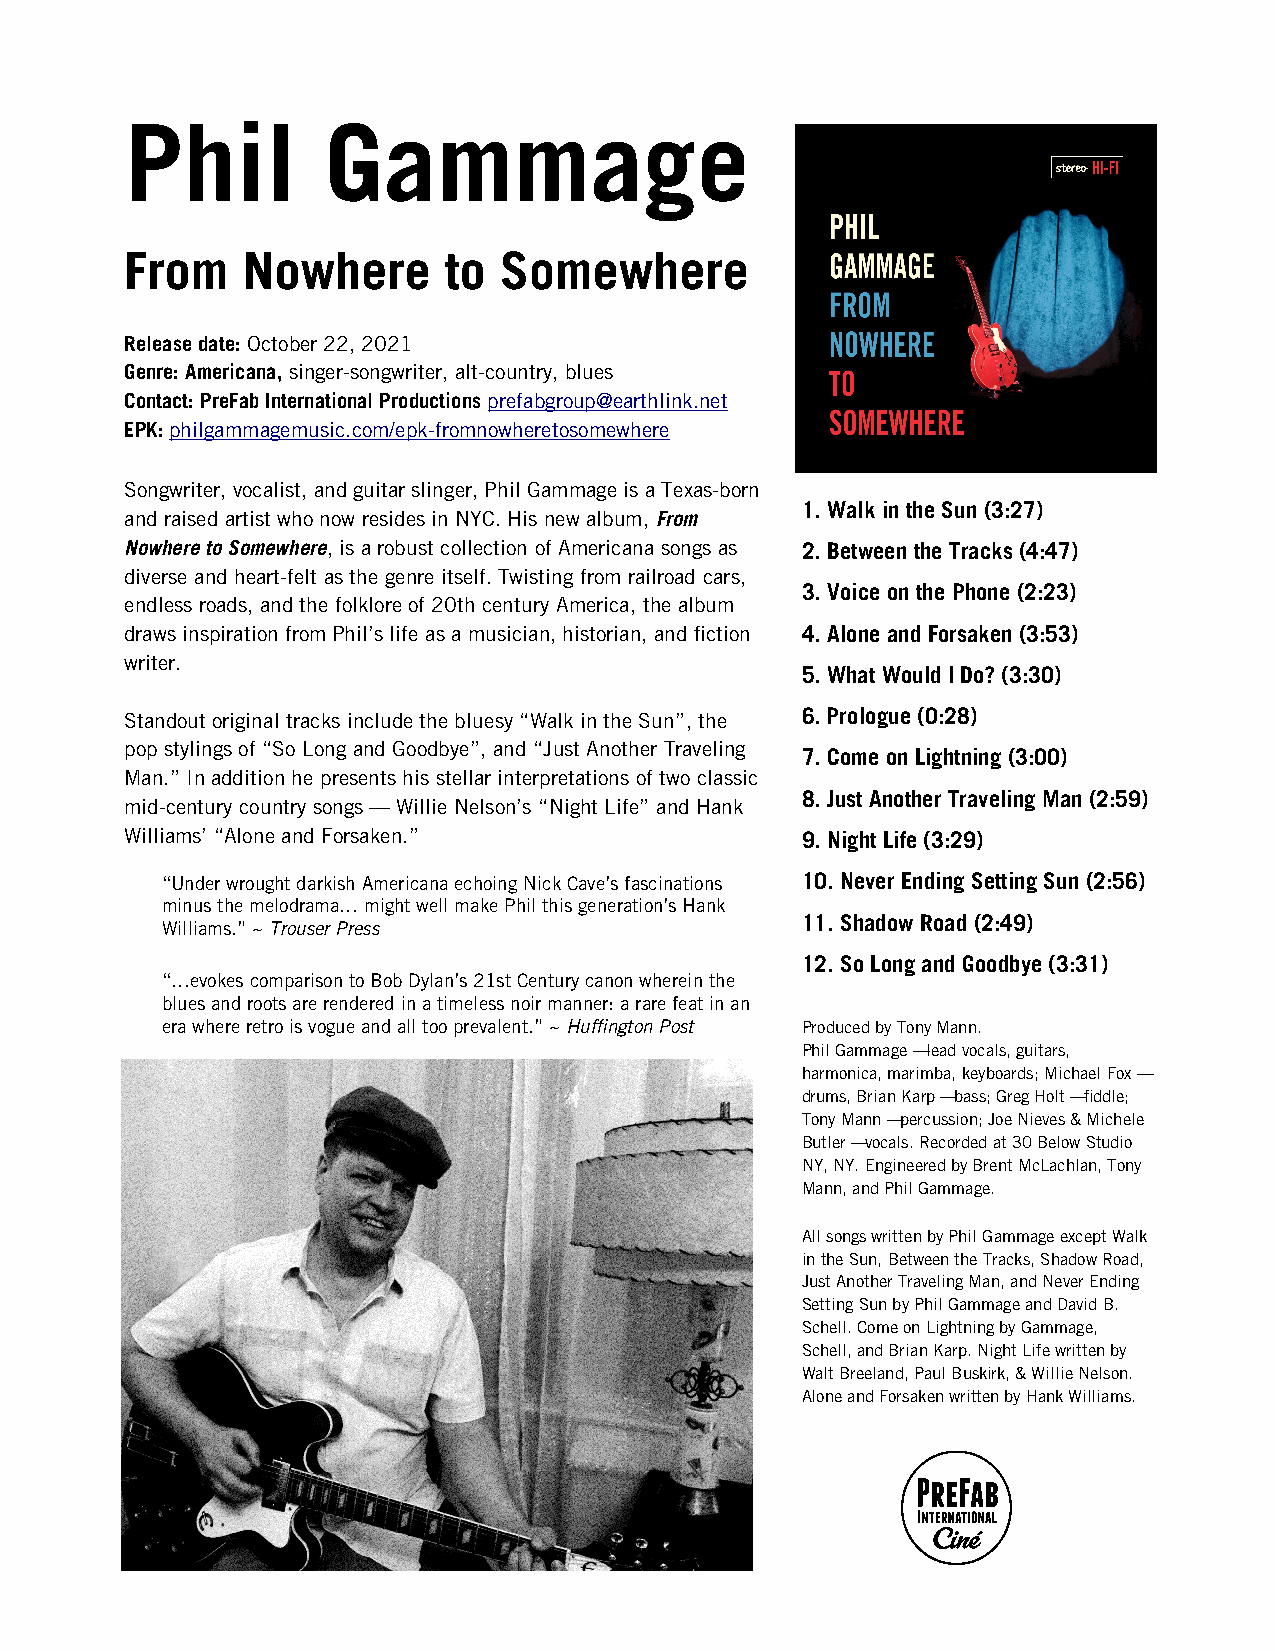
Phil         Gammage
 From    Nowhere      to  Somewhere
 Release date: October 22, 2021
 Genre: Americana, singer-songwriter, alt-country, blues
 Contact: PreFab International Productions prefabgroup@earthlink.net
 EPK: philgammagemusic.com/epk-fromnowheretosomewhere
 Songwriter, vocalist, and guitar slinger, Phil Gammage is a Texas-born
 1. Walk in the Sun (3:27)
 and raised artist who now resides in NYC. His new album, From
 Nowhere to Somewhere, is a robust collection of Americana songs as 2. Between the Tracks (4:47)
 diverse and heart-felt as the genre itself. Twisting from railroad cars,
 3. Voice on the Phone (2:23)
 endless roads, and the folklore of 20th century America, the album
 draws inspiration from Phil’s life as a musician, historian, and fction 4. Alone and Forsaken (3:53)
 writer.
 5. What Would I Do? (3:30)
 Standout original tracks include the bluesy “Walk in the Sun”, the 6. Prologue (0:28)
 pop stylings of “So Long and Goodbye”, and “Just Another Traveling
 7. Come on Lightning (3:00)
 Man.” In addition he presents his stellar interpretations of two classic
 8. Just Another Traveling Man (2:59)
 mid-century country songs — Willie Nelson’s “Night Life” and Hank
 Williams’ “Alone and Forsaken.”              9. Night Life (3:29)
 “Under wrought darkish Americana echoing Nick Cave’s fascinations 10. Never Ending Setting Sun (2:56)
 minus the melodrama… might well make Phil this generation’s Hank
 11. Shadow Road (2:49)
 Williams.” ~ Trouser Press
 12. So Long and Goodbye (3:31)
 “…evokes comparison to Bob Dylan’s 21st Century canon wherein the
 blues and roots are rendered in a timeless noir manner: a rare feat in an
 era where retro is vogue and all too prevalent.” ~ Huffngton Post Produced by Tony Mann.
 Phil Gammage – lead vocals, guitars,
 harmonica, marimba, keyboards; Michael Fox –
 drums, Brian Karp – bass; Greg Holt – fddle;
 Tony Mann – percussion; Joe Nieves & Michele
 Butler – vocals. Recorded at 30 Below Studio
 NY, NY. Engineered by Brent McLachlan, Tony
 Mann, and Phil Gammage.
 All songs written by Phil Gammage except Walk
 in the Sun, Between the Tracks, Shadow Road,
 Just Another Traveling Man, and Never Ending
 Setting Sun by Phil Gammage and David B.
 Schell. Come on Lightning by Gammage,
 Schell, and Brian Karp. Night Life written by
 Walt Breeland, Paul Buskirk, & Willie Nelson.
 Alone and Forsaken written by Hank Williams.